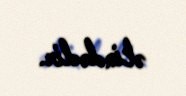
əlindədir.